Reports on military cantonments and civil stations in the Presidency of Bombay inspected by the Sanitary Commissioner in the years 1875 and 1876
Year: 1875
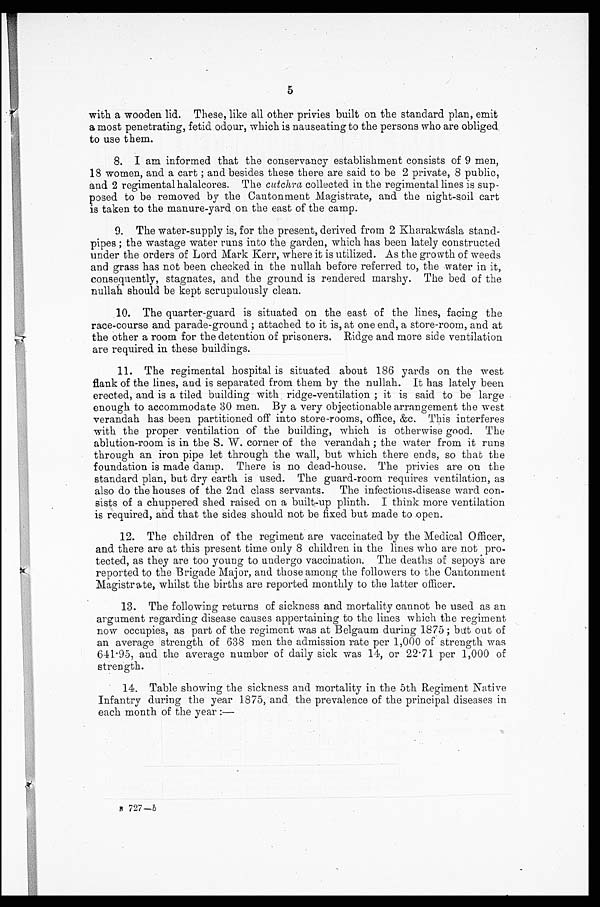
5
with a wooden lid. These, like all other privies built on the standard plan, emit
a most penetrating, fetid odour, which is nauseating to the persons who are obliged
to use them.
8. I am informed that the conservancy establishment consists of 9 men,
18 women, and a cart; and besides these there are said to be 2 private, 8 public,
and 2 regimentalhalalcores. The cutchra collected in the regimental lines is sup-
posed to be removed by the Cantonment Magistrate, and the night-soil cart
is taken to the manure-yard on the east of the camp.
9. The water-supply is, for the present, derived from 2 Kharakwàsla stand-
- p i p e s ; t h e w a s t a g e w a t e r r u n s i n t o t h e g a r d e n , w h i c h h a s b e e n l a t e l y c o n s t r u c t e d
under the orders of Lord Mark Kerr, where it is utilized. As the growth of weeds
and grass has not been checked in the nullah before referred to, the water in it,
consequently, stagnates, and the ground is rendered marshy. The bed of the
nullah should be kept scrupulously clean.
10. The quarter-guard is situated on the east of the lines, facing the
race-course and parade-ground ; attached to it is, at one end, a store-room, and at
the other a room for the detention of prisoners. Ridge and more side ventilation
are required in these buildings.
11. The regimental hospital is situated about 186 yards on the west
flank of the lines, and is separated from them by the nullah. It has lately been
erected, and is a tiled building with, ridge-ventilation; it is said to be large
enough to accommodate 30 men. By a very objectionable arrangement the west
verandah has been partitioned off into store-rooms, office, &c. This interferes
with the proper ventilation of the building, which is otherwise good. The
ablution-room is in the S. W. corner of the verandah ; the water from it runs
through an iron pipe let through the wall, but which there ends, so that the
foundation is made damp. There is no dead-house. The privies are on the
standard plan, but dry earth is used. The guard-room requires ventilation, as
also do the houses of the 2nd class servants. The infections-disease ward con-
- s i s t s o f a c h u p p e r e d s h e d r a i s e d o n a b u i l t - u p p l i n t h . I t h i n k m o r e v e n t i l a t i o n
is required, and that the sides should not be fixed but made to open.
12. The children of the regiment are vaccinated by the Medical Officer,
and there are at this present time only 8 children in the lines who are not pro-
tected, as they are too young to undergo vaccination. The deaths of sepoys are
reported to the Brigade Major, and those among the followers to the Cantonment
Magistrate, whilst the births are reported monthly to the latter officer.
13. The following returns of sickness and mortality cannot be used as an
argument regarding disease causes appertaining to the lines which the regiment
now occupies, as part of the regiment was at Belgaum during 1875; but out of
an average strength of 638 men the admission rate per 1,000 of strength was
641.95, and the average number of daily sick was 14, or 22.71 per 1,000 of
strength.
14. Table showing the sickness and mortality in the 5th Regiment Native
Infantry during the year 1875, and the prevalence of the principal diseases in
each month of the year:—
B 727–b